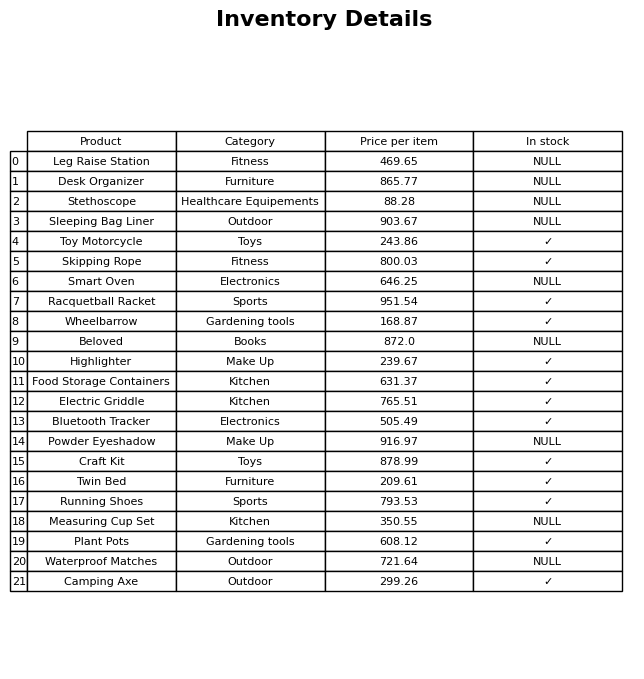
question: What is the price of the Powder Eyeshadow?
answer: The price of Powder Eyeshadow is 916.97.